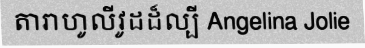
តារាហូលីវូដដ៏ល្បី Angelina Jolie